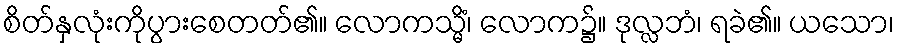
စိတ်နှလုံးကိုပွားစေတတ်၏။ လောကသ္မိံ၊ လောက၌။ ဒုလ္လဘံ၊ ရခဲ၏။ ယသော၊